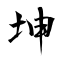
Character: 坤